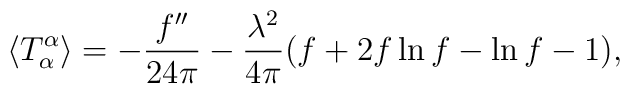
\langle T^\alpha_\alpha \rangle = - { f'' \over 24 \pi} - {\lambda^2 \over 4 \pi} ( f + 2 f \ln f -\ln f -1 ),